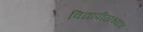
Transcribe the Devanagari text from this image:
विद्यापीठाच्याच